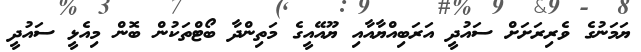
ޔަމަނުގެ ވެރިރަށަށް ސައުދީ އަރަބިއްޔާއާއި ޔޫއޭއީގެ މަތިންދާ ބޯޓްތަކުން ބޮން މިއެޅީ ސައުދީ